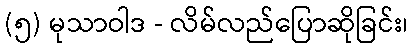
(၅) မုသာဝါဒ - လိမ်လည်ပြောဆိုခြင်း၊